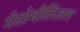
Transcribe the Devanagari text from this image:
मेसोथीलिअल